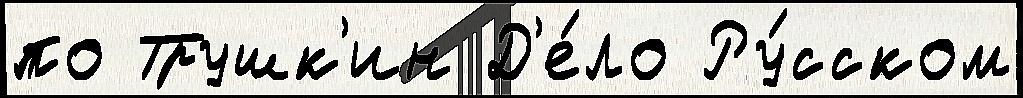
по Трушк'ин Д'е́ло Ру́сском